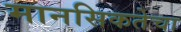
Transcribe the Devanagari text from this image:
मानसिकतेचा